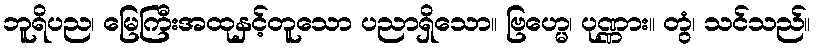
ဘူရိပည၊ မြေကြီးအထုနှင့်တူသော ပညာရှိသော။ ဗြဟ္မေ၊ ပုဏ္ဏား။ တွံ၊ သင်သည်။